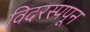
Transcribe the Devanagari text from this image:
विदरस्पपून